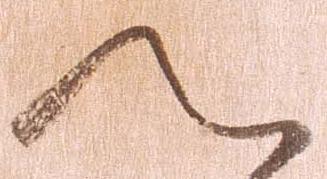
へ